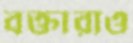
বক্তারাও